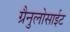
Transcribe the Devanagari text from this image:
ग्रैनुलोसाईट